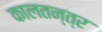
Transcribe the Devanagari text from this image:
कालतन्त्र